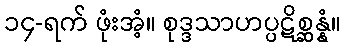
၁၄-ရက် ဖုံးအံ့။ စုဒ္ဒသာဟပ္ပဋိစ္ဆန္နံ။